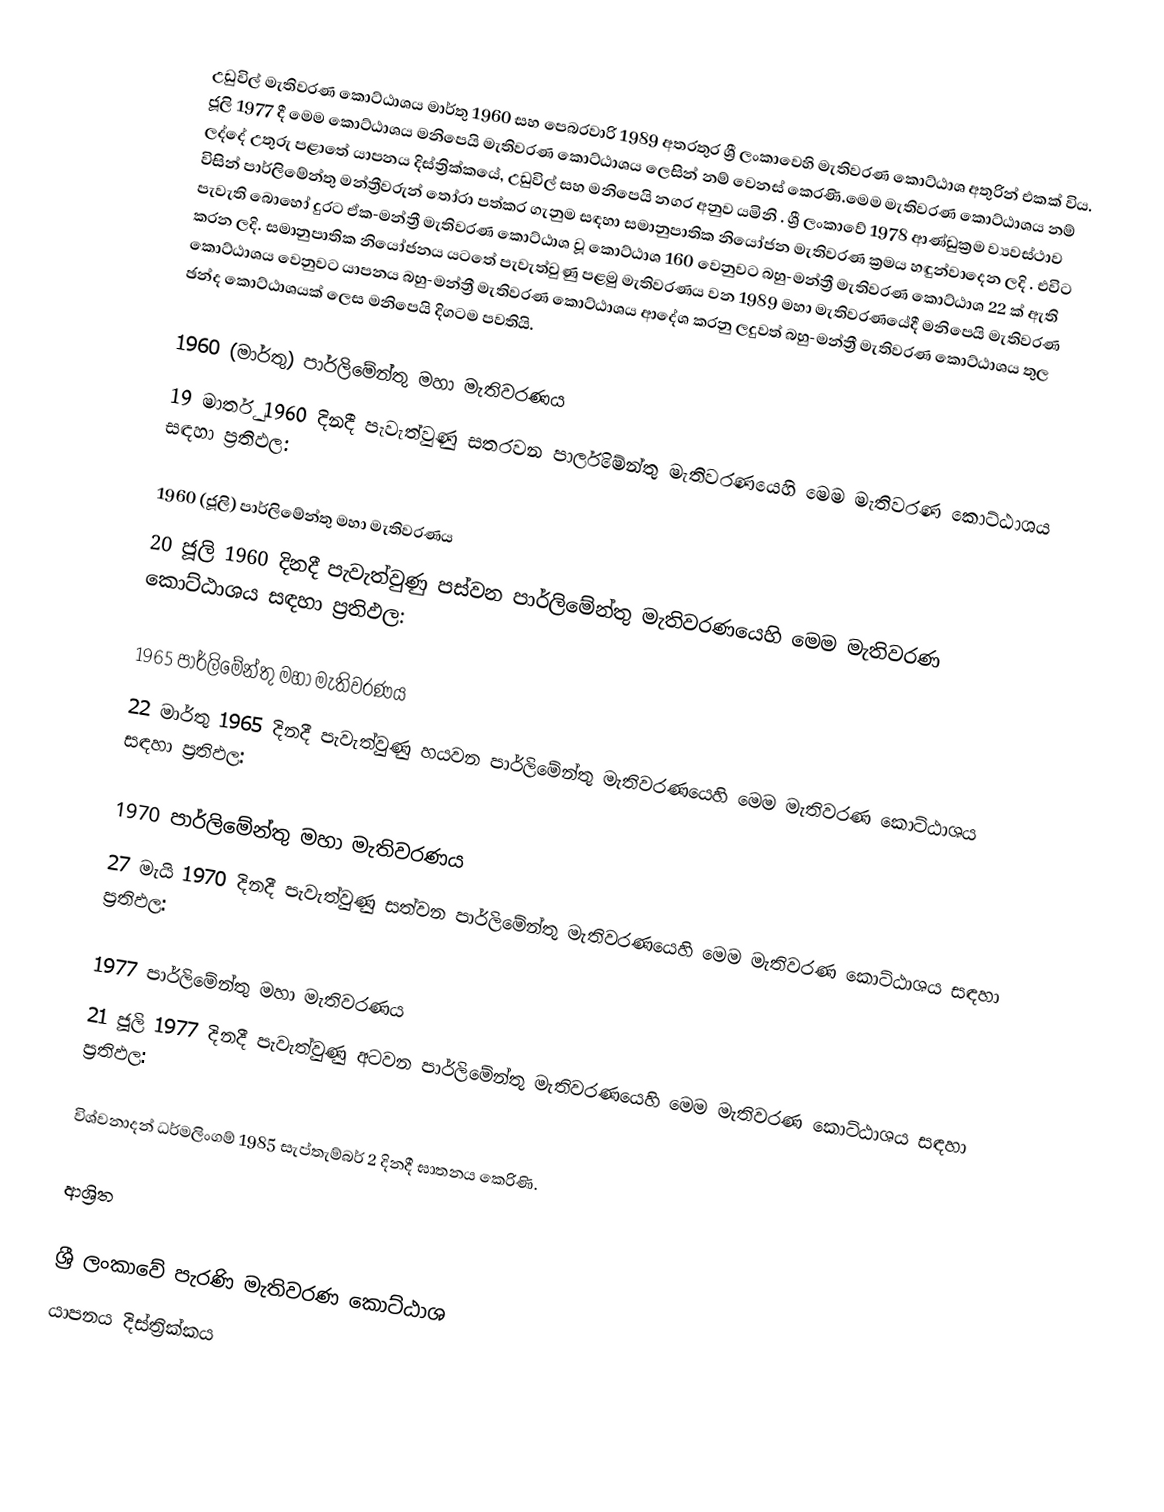
උඩුවිල් මැතිවරණ කොට්ඨාශය   මාර්තු 1960 සහ පෙබරවාරි 1989 අතරතුර  ශ්‍රී ලංකාවෙහි  මැතිවරණ කොට්ඨාශ අතුරින් එකක් විය. ජූලි 1977 දී මෙම කොට්ඨාශය මනිපෙයි මැතිවරණ කොට්ඨාශය ලෙසින් නම් වෙනස් කෙරණි.මෙම මැතිවරණ කොට්ඨාශය නම් ලද්දේ උතුරු පළාතේ  යාපනය දිස්ත්‍රික්කයේ,  උඩුවිල් සහ මනිපෙයි නගර අනුව යමිනි . ශ්‍රී ලංකාවේ 1978 ආණ්ඩුක්‍රම ව්‍යවස්ථාව විසින්   පාර්ලිමේන්තු මන්ත්‍රීවරුන් තෝරා පත්කර ගැනුම සඳහා සමානුපාතික නියෝජන මැතිවරණ ක්‍රමය හඳුන්වාදෙන ලදි . එවිට පැවැති බොහෝ දුරට  ඒක-මන්ත්‍රී මැතිවරණ කොට්ඨාශ වූ කොට්ඨාශ 160 වෙනුවට බහු-මන්ත්‍රී මැතිවරණ කොට්ඨාශ 22 ක් ඇති කරන ලදි. සමානුපාතික නියෝජනය යටතේ  පැවැත්වුණු පළමු මැතිවරණය වන 1989 මහා මැතිවරණයේදී  මනිපෙයි මැතිවරණ කොට්ඨාශය වෙනුවට  යාපනය බහු-මන්ත්‍රී මැතිවරණ කොට්ඨාශය  ආදේශ කරනු ලදුවත් බහු-මන්ත්‍රී මැතිවරණ කොට්ඨාශය තුල ඡන්ද කොට්ඨාශයක් ලෙස මනිපෙයි දිගටම පවතියි.

1960 (මාර්තු) පාර්ලිමේන්තු මහා මැතිවරණය
19 මාර්තු 1960 දිනදී  පැවැත්වුණු  සතරවන පාර්ලිමේන්තු මැතිවරණයෙහි මෙම මැතිවරණ කොට්ඨාශය සඳහා ප්‍රතිඵල:

1960 (ජූලි) පාර්ලිමේන්තු මහා මැතිවරණය
20 ජූලි 1960 දිනදී  පැවැත්වුණු  පස්වන පාර්ලිමේන්තු මැතිවරණයෙහි මෙම මැතිවරණ කොට්ඨාශය සඳහා ප්‍රතිඵල:

1965 පාර්ලිමේන්තු මහා මැතිවරණය
22 මාර්තු 1965  දිනදී  පැවැත්වුණු  හයවන පාර්ලිමේන්තු මැතිවරණයෙහි මෙම මැතිවරණ කොට්ඨාශය සඳහා ප්‍රතිඵල:

1970 පාර්ලිමේන්තු මහා මැතිවරණය
27 මැයි 1970 දිනදී  පැවැත්වුණු  සත්වන පාර්ලිමේන්තු මැතිවරණයෙහි මෙම මැතිවරණ කොට්ඨාශය සඳහා ප්‍රතිඵල:

1977 පාර්ලිමේන්තු මහා මැතිවරණය
21 ජූලි 1977 දිනදී  පැවැත්වුණු  අටවන පාර්ලිමේන්තු මැතිවරණයෙහි මෙම මැතිවරණ කොට්ඨාශය සඳහා ප්‍රතිඵල:

විශ්වනාදන් ධර්මලිංගම් 1985 සැප්තැම්බර් 2 දිනදී ඝාතනය කෙරිණි.

ආශ්‍රිත

ශ්‍රී ලංකාවේ පැරණි මැතිවරණ කොට්ඨාශ
යාපනය දිස්ත්‍රික්කය